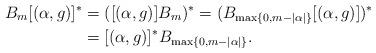
LaTeX: \begin{align*}B_m[(\alpha,g)]^* &= ([(\alpha,g)]B_m)^* = (B_{\max\{0, m - |\alpha|\}}[(\alpha,g)])^*\\ &= [(\alpha,g)]^*B_{\max\{0, m - |\alpha|\}}.\end{align*}